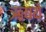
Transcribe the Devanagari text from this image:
ऋषये